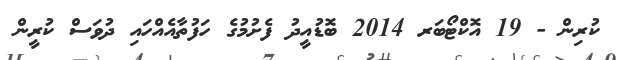
ކުރިން - 19 އޮކްޓޯބަރ 2014 ބޮޑުއީދު ފެށުމުގެ ހަފުތާއެއްހައި ދުވަސް ކުރީން